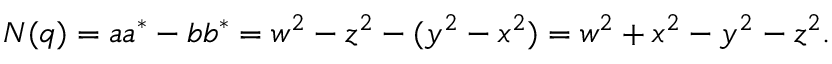
N ( q ) = a a ^ { * } - b b ^ { * } = w ^ { 2 } - z ^ { 2 } - ( y ^ { 2 } - x ^ { 2 } ) = w ^ { 2 } + x ^ { 2 } - y ^ { 2 } - z ^ { 2 } .